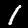
Label: 1